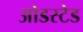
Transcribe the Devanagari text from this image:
ओडस्टेड